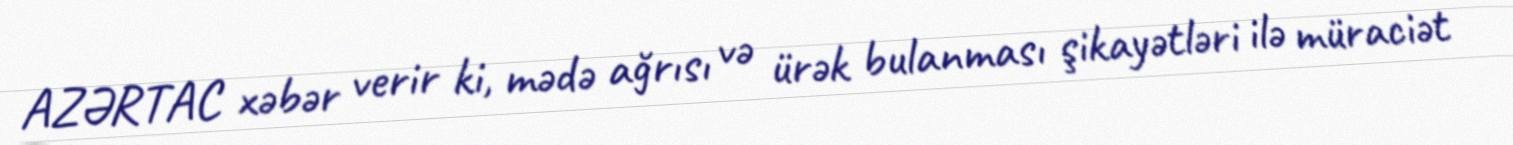
AZƏRTAC xəbər verir ki, mədə ağrısı və ürək bulanması şikayətləri ilə müraciət